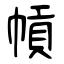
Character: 幊